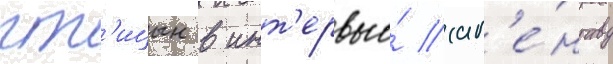
пт'ицын в инт'ервью́ аг'е́нтству